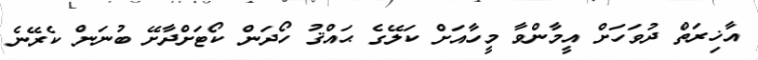
އާޚިރަތް ދުވަހަށް އީމާންވާ މީހާއަށް ކަލޭގެ ޙައްޤު ހޯދަން ކޯޓަށްދާށޭ ބުނަން ކެރޭނެ